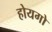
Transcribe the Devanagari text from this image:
होयगो